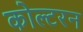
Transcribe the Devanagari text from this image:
कोल्टरन